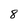
Character: 8